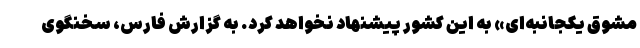
مشوق یکجانبه‌ای» به این کشور پیشنهاد نخواهد کرد. به گزارش فارس، سخنگوی